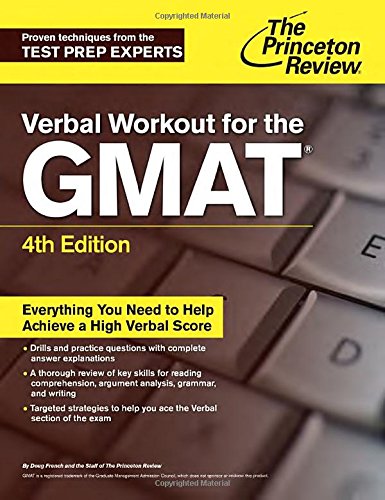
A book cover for Verbal Workout for the GMAT, 4th Edition (Graduate School Test Preparation); Princeton Review; Test Preparation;